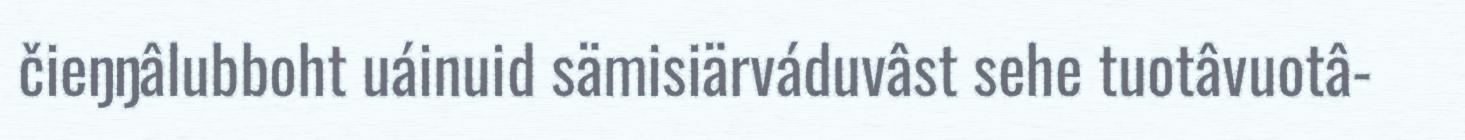
čieŋŋâlubboht uáinuid sämisiärváduvâst sehe tuotâvuotâ-